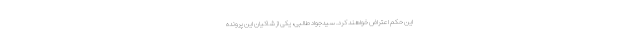
این حکم اعتراض خواهند کرد. سیدجواد طالبی، یکی از شاکیان این پرونده